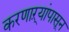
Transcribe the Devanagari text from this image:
करणाऱ्यांपासून